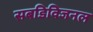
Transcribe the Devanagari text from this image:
सबडिविजनल